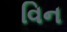
વિન